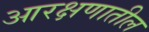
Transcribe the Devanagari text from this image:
आरक्षणातील